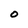
Character: O